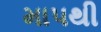
માપથી